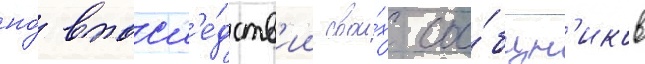
но́ впосл'е́дств'ии свои́х соо́бщн'иков